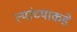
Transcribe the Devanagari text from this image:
त्यांंच्याकडे